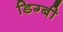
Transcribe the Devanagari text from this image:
डिग्‍बी